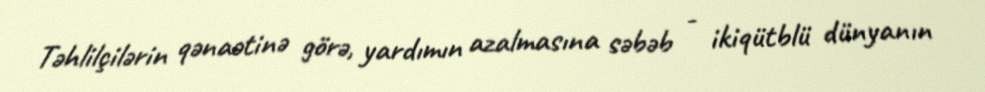
Təhlilçilərin qənaətinə görə, yardımın azalmasına səbəb - ikiqütblü dünyanın